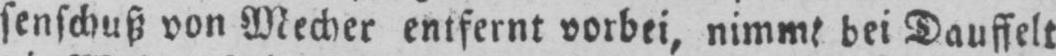
senschuß von Mecher entfernt vorbei, nimmt bei Dauffelt